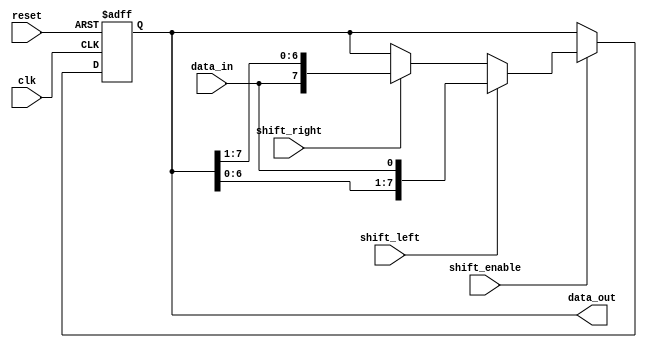
module universal_shift_register (
  input wire clk,
  input wire reset,
  input wire shift_left,
  input wire shift_right,
  input wire shift_enable,
  input wire data_in,
  output wire [7:0] data_out
);

reg [7:0] shift_register;

always @(posedge clk or posedge reset) begin
  if (reset) begin
    shift_register <= 8'b00000000;
  end else if (shift_enable) begin
    if (shift_left) begin
      shift_register <= {shift_register[6:0], data_in};
    end else if (shift_right) begin
      shift_register <= {data_in, shift_register[7:1]};
    end
  end
end

assign data_out = shift_register;

endmodule

module testbench;
  reg clk;
  reg reset;
  reg shift_left;
  reg shift_right;
  reg shift_enable;
  reg data_in;
  wire [7:0] data_out;
  universal_shift_register uut (.clk(clk),.reset(reset),
    .shift_left(shift_left),
    .shift_right(shift_right),
    .shift_enable(shift_enable),
    .data_in(data_in),
    .data_out(data_out));
  always begin
    #5 clk = ~clk;
  end
  initial begin
    clk = 0;
    reset = 0;
    shift_left = 0;
    shift_right = 0;
    shift_enable = 1;
    data_in = 8'b11011011;
    #10 reset = 1;
    #10 reset = 0;
    #10 shift_left = 1;
    #10 shift_right = 0;
    data_in = 8'b00110010;
    #10 shift_left = 0;
    shift_right = 1;
    data_in = 8'b10101010;
    $finish;
  end
  always @(posedge clk) begin
    $display("Data Out: %b", data_out);
  end
endmodule